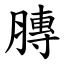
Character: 膞